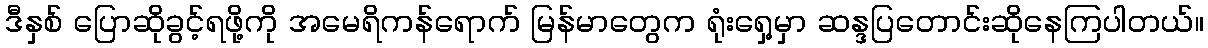
ဒီနှစ် ပြောဆိုခွင့်ရဖို့ကို အမေရိကန်ရောက် မြန်မာတွေက ရုံးရှေ့မှာ ဆန္ဒပြတောင်းဆိုနေကြပါတယ်။